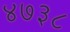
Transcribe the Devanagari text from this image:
४७३८